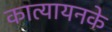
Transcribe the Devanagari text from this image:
कात्यायनके